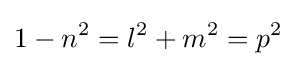
1-n^{2}=l^{2}+m^{2}=p^{2}